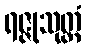
ရဇ္ဇုသုတ္တံ